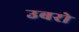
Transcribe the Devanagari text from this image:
उबरो